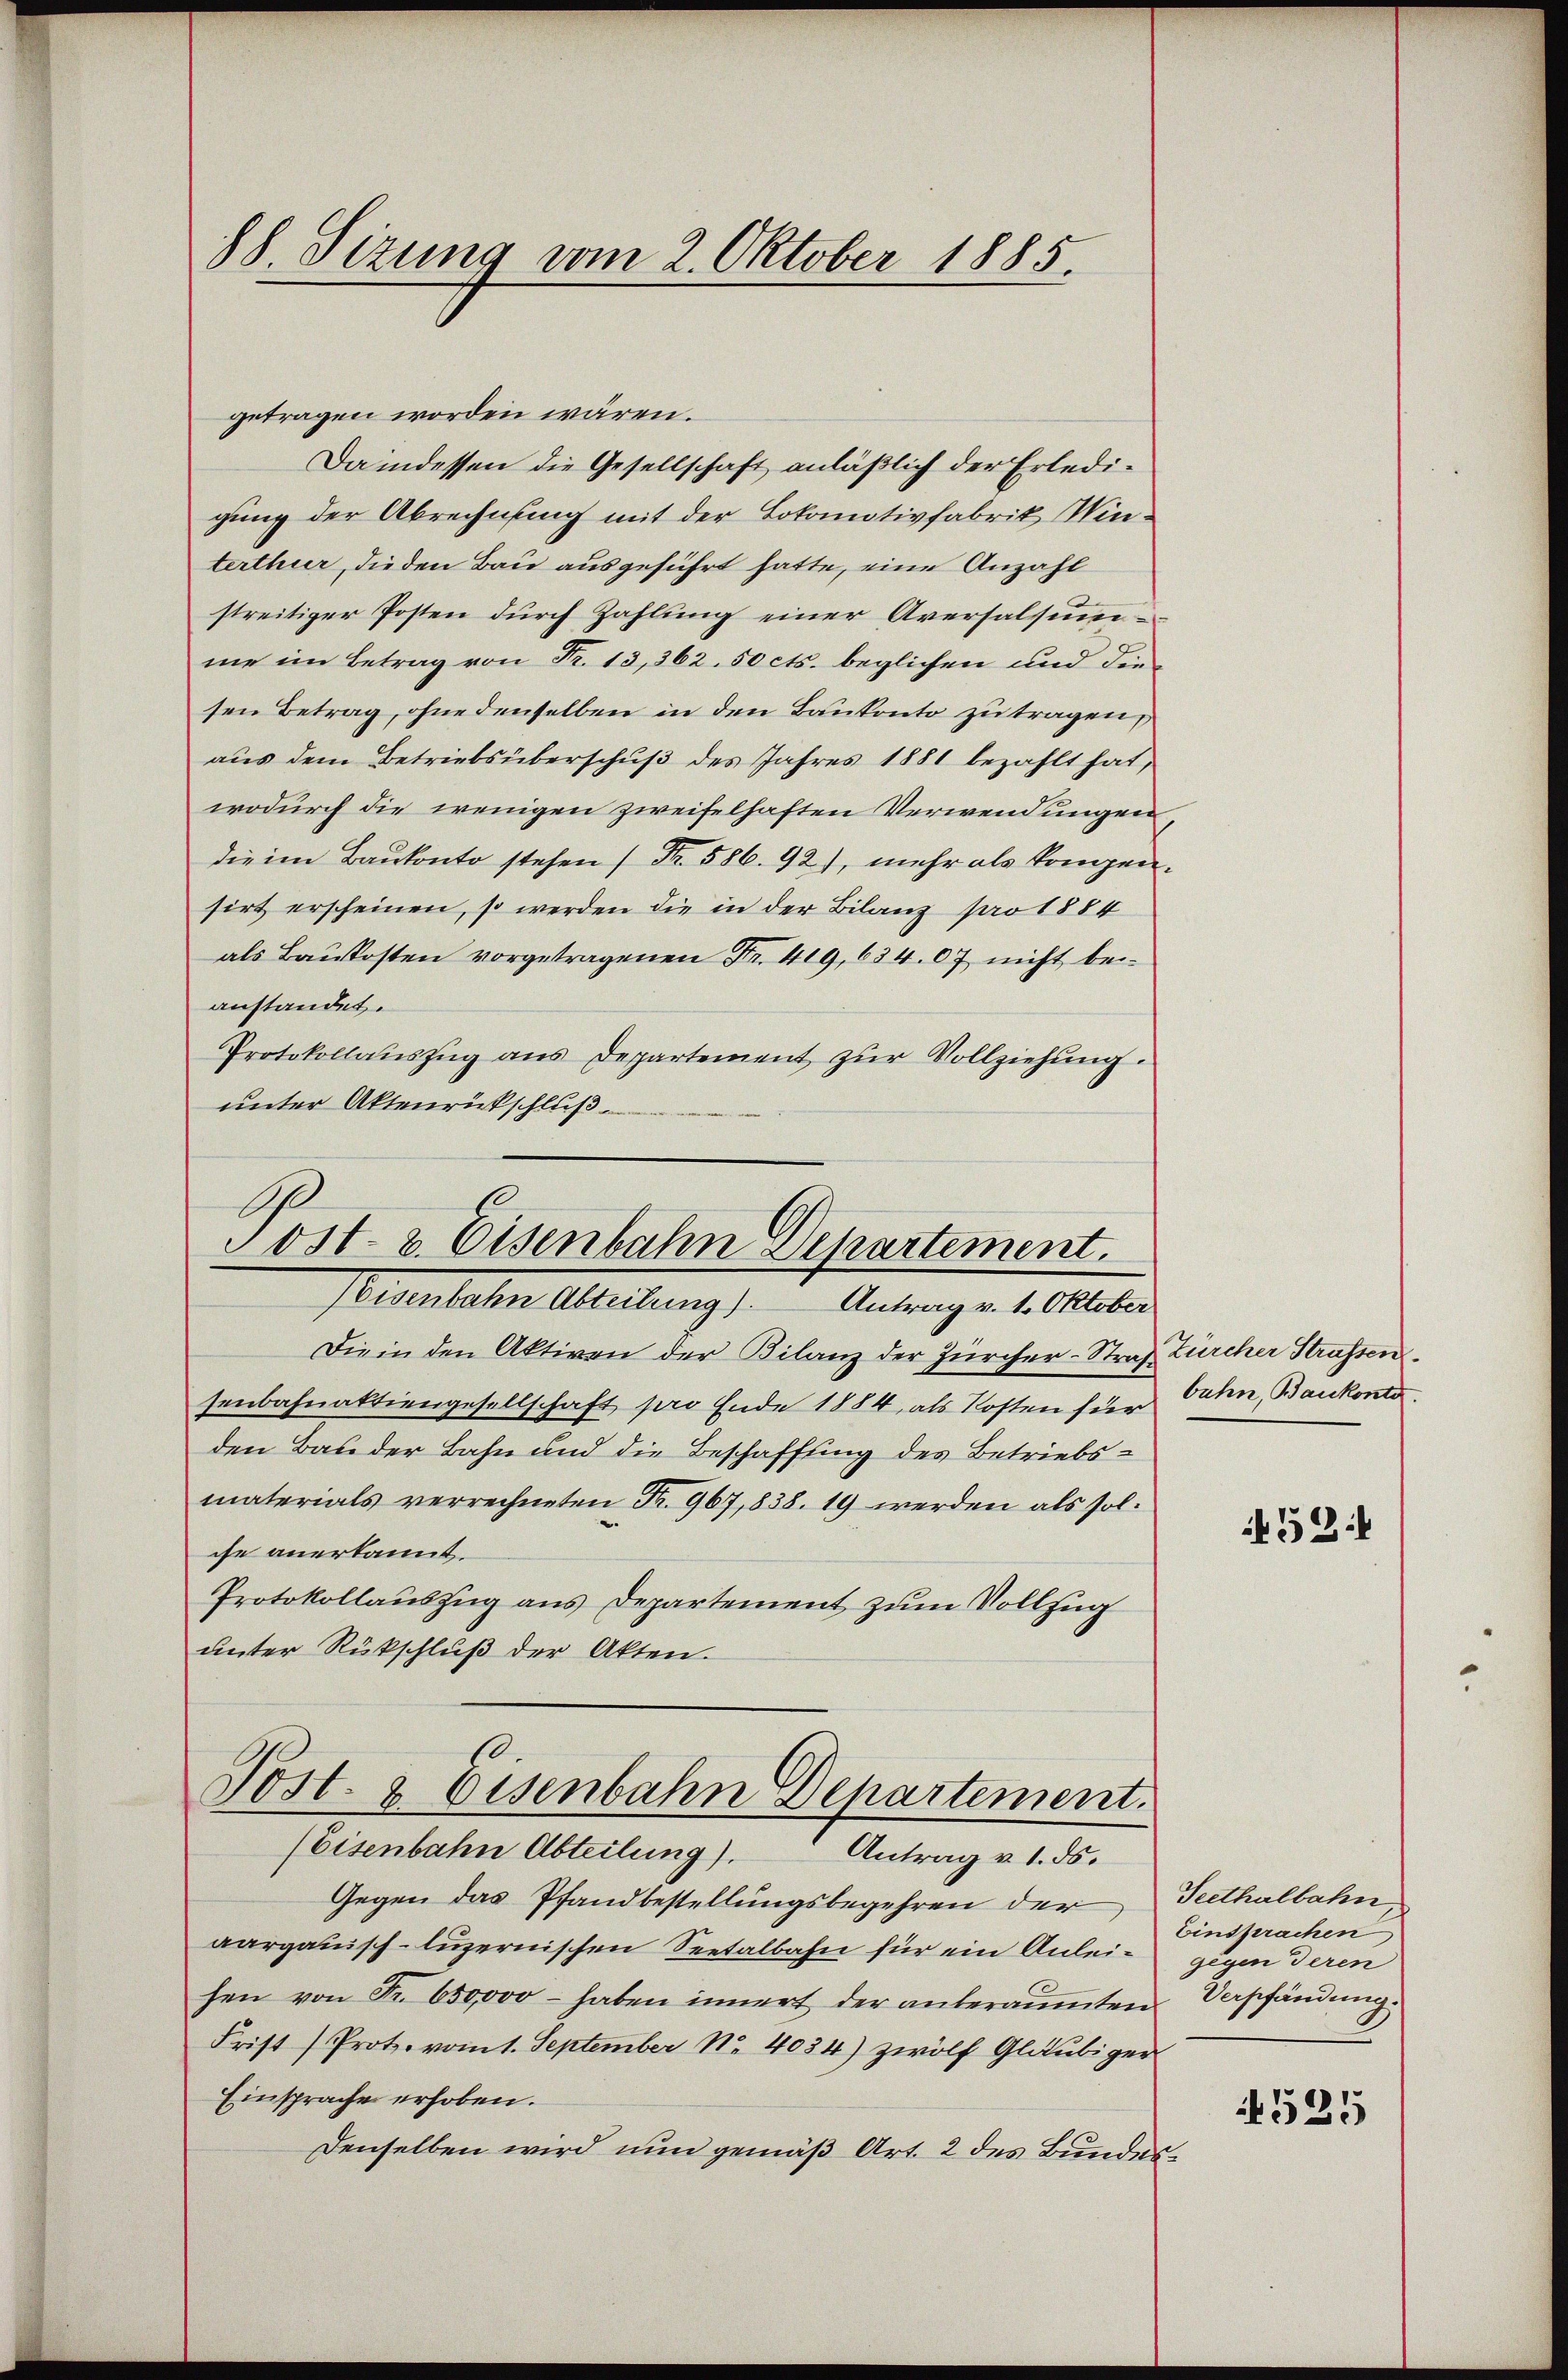
88. Sitzung vom 2. Oktober 1885.

getragen worden wären.
Daindessen die Gesellschaft anläßlich der Erledigung der Abrechnung mit der Lokomotivfabrik Winterthur, die den Bau ausgeführt hatte, eine Anzahl
streitiger Posten durch Zahlung einer Aversalsumme im Betrag von Fr. 13,362. 50 cts. beglichen und die
sen Betrag, ohne denselben in den Baukonto zu tragen,
aus dem Betriebsüberschuß des Jahres 1881 bezahlt hat,
wodurch die wenigen zweifelhaften Verwendungen
die im Baukonto stehen (Nr. 586. 92), mehr als kompensirt erscheinen, so werden die in der Bilanz pro 1884
als Baukosten vorgetragenen Fr. 419, 634. 07 nicht beianstandet.
Protokollauszug aus Departement zur Vollziehung:
unter Aktenrückschluß

.
Post- & Eisenbahn Departement.
Eisenbahn Abteilung). Antrag v. 1. Oktober

Die in den Aktiven der Bilanz der Zürcher-Straf Zürcher Strassen
senbahnaktiengesellschaft pro Ende 1884, als Kosten hier dann, Baukonta
den Bauder Bahn und die Beschaffung des Betriebsmaterials verrechneten Fr. 967,838. 19 werden als solche anerkannt.
Protokollauszug aus Departement zum Vollzug
unter Rückschluß der Akten.

Post- & Eisenbahn Departement.
(Eisenbahn Abteilung). Antrag v. 1. ds.

Gegen das Pfandbestellungsbegehren der Teethalbahn
aargauisch-luzernischen Seetalbahn für ein Anleihen von Fr. 650,000 – haben innert der anteräumten
Frist (Prot. vom 1. September No. 4034) zwölf Gläubiger
Einsprache erhoben.
Denselben wird nun gemäß Art. 2 des Bundes¬

52:

Einsperachen
gegen deren
Verpfändung.

1525